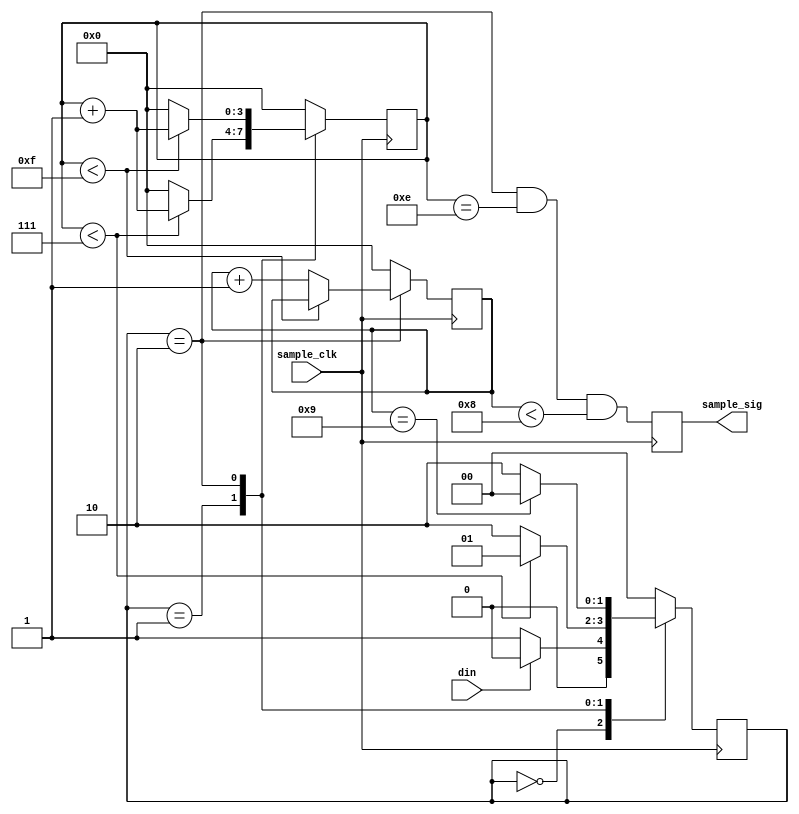
module sampler(sample_sig, din, sample_clk);

output reg sample_sig;
input din, sample_clk;

parameter SAMPLE_RATIO = 16;
localparam PADDING_TIME = SAMPLE_RATIO / 2;

reg [1:0] state, next_state;
localparam STANDING_BY = 2'd0,
           PADDING = 2'd1,
           SAMPLING = 2'd2;

// Assume SAMPLE_RATIO <= 16
reg [3:0] count = 0, next_count,
          bit_count = 0, next_bit_count;
wire next_sample_sig;

// Calculate next values.
always @(*) begin
    case (state)
    STANDING_BY: begin
        next_state = (din ? STANDING_BY : PADDING);
        next_count = 4'b0;
        next_bit_count = 4'b0;
    end

    PADDING: begin  // Wait PADDING_TIME clk.
        if (count < PADDING_TIME - 1) begin
            next_state = PADDING;
            next_count = count + 4'b1;
        end else begin
            next_state = SAMPLING;
            next_count = 4'b0;
        end
        next_bit_count = 4'b0;
    end

    SAMPLING: begin  // Cycle = SAMPLE_RATIO.
        next_state = (bit_count == 4'd9 ? STANDING_BY : SAMPLING);

        if (count < SAMPLE_RATIO - 1) begin
            next_count = count + 4'b1;
            next_bit_count = bit_count;
        end else begin
            next_count = 4'b0;
            next_bit_count = bit_count + 4'b1;
        end
    end

    default: begin
        next_state = 0;
        next_count = 0;
        next_bit_count = 0;
    end
    endcase
end

assign next_sample_sig = (state == SAMPLING &&
                          count == SAMPLE_RATIO - 4'd2 &&
                          bit_count < 4'd8);

// Update values.
always @(posedge sample_clk) begin
    state <= next_state;
    count <= next_count;
    bit_count <= next_bit_count;
    sample_sig <= next_sample_sig;
end

// Calculate outputs.
// Nothing, sample_sig is already calculated.

endmodule